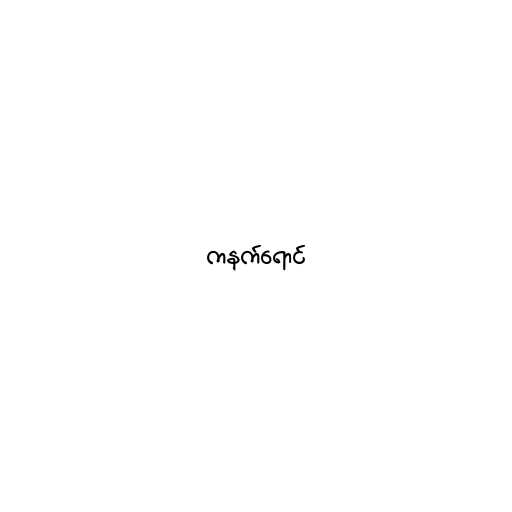
ကနက်ရောင်